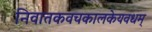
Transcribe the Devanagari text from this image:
निवातकवचकालकेयवधम्